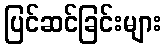
ပြင်ဆင်ခြင်းများ